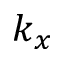
k _ { x }